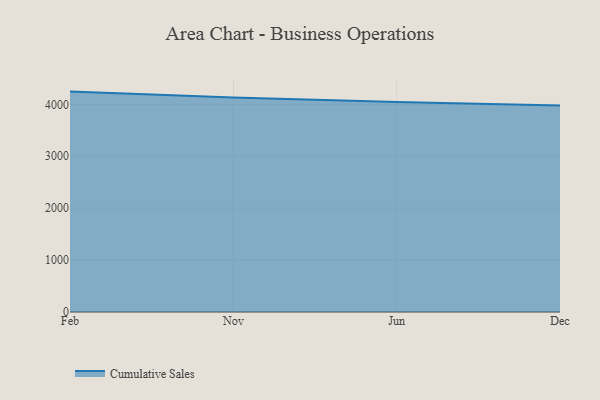
{"axis": {"x": "Month", "y": "Headcount"}, "legend": ["Cumulative Sales"], "data": [{"x": "Feb", "y": 4245.8, "type": "Cumulative Sales"}, {"x": "Nov", "y": 4131.7, "type": "Cumulative Sales"}, {"x": "Jun", "y": 4046.6, "type": "Cumulative Sales"}, {"x": "Dec", "y": 3977.8, "type": "Cumulative Sales"}]}